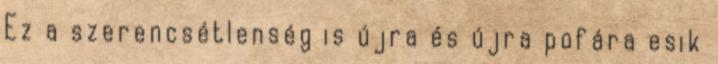
Ez a szerencsétlenség is újra és újra pofára esik